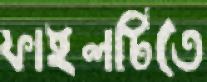
ফাইলটিতে